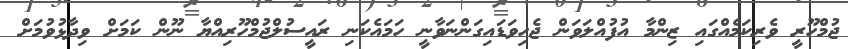
ޖުމްހޫރީ ވެރިކަމެއްގައި ޒިންމާ އުފުއްލަވަން ޖެހިވަޑައިގަންނަވާނީ ހަމައެކަނި ރައީސުލްޖުމްހޫރިއްޔާ ނޫން ކަމަށް ވިދާޅުވުމަށް